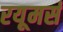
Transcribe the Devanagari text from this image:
रयूमर्स